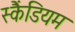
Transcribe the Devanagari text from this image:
स्कैंडियम